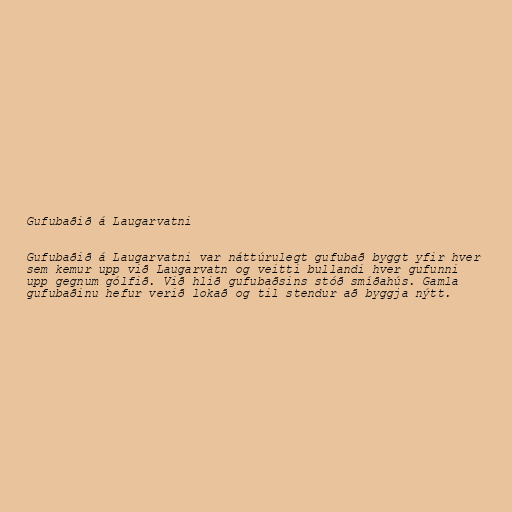
Gufubaðið á Laugarvatni

Gufubaðið á Laugarvatni var náttúrulegt gufubað byggt yfir hver
sem kemur upp við Laugarvatn og veitti bullandi hver gufunni
upp gegnum gólfið. Við hlið gufubaðsins stóð smíðahús. Gamla
gufubaðinu hefur verið lokað og til stendur að byggja nýtt.